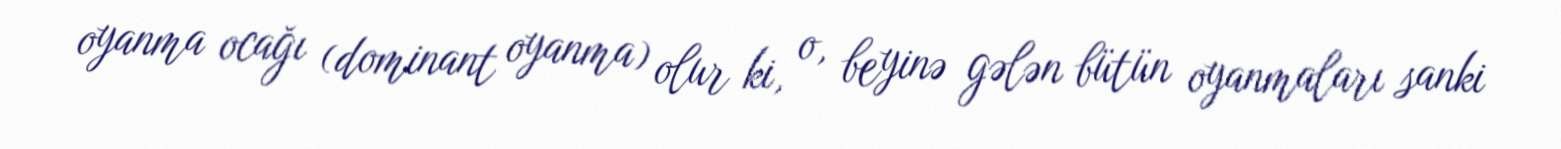
oyanma ocağı (dominant oyanma) olur ki, o, beyinə gələn bütün oyanmaları sanki